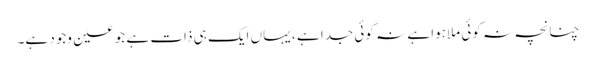
چنانچہ نہ کوئی ملاہوا ہے نہ کوئی جدا ہے ، یہاں ایک ہی ذات ہے جو عین وجود ہے۔